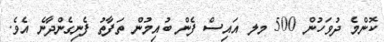
ކޮންމެ ދުވަހުން 500 މލ އައިސް ފެން ބުއިމުން ތަފާތު ފެނިގެންދާނެ އެވެ.